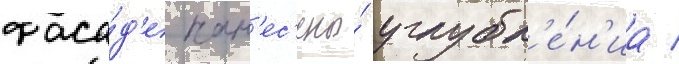
фаса́д'е нан'ес'ены́ углубл'е́н'иа /